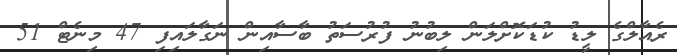
ރެއާލްގެ ލީޑު ކުޑަކޮށްލަން ލިބުނު ފުރުސަތު ބާސާއިން ނަގާލައިފި 47 މިނެޓް 51